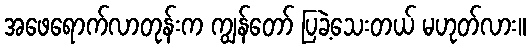
အဖေရောက်လာတုန်းက ကျွန်တော် ပြခဲ့သေးတယ် မဟုတ်လား။